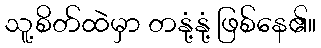
သူ့စိတ်ထဲမှာ တနုံ့နုံ့ ဖြစ်နေ၏။